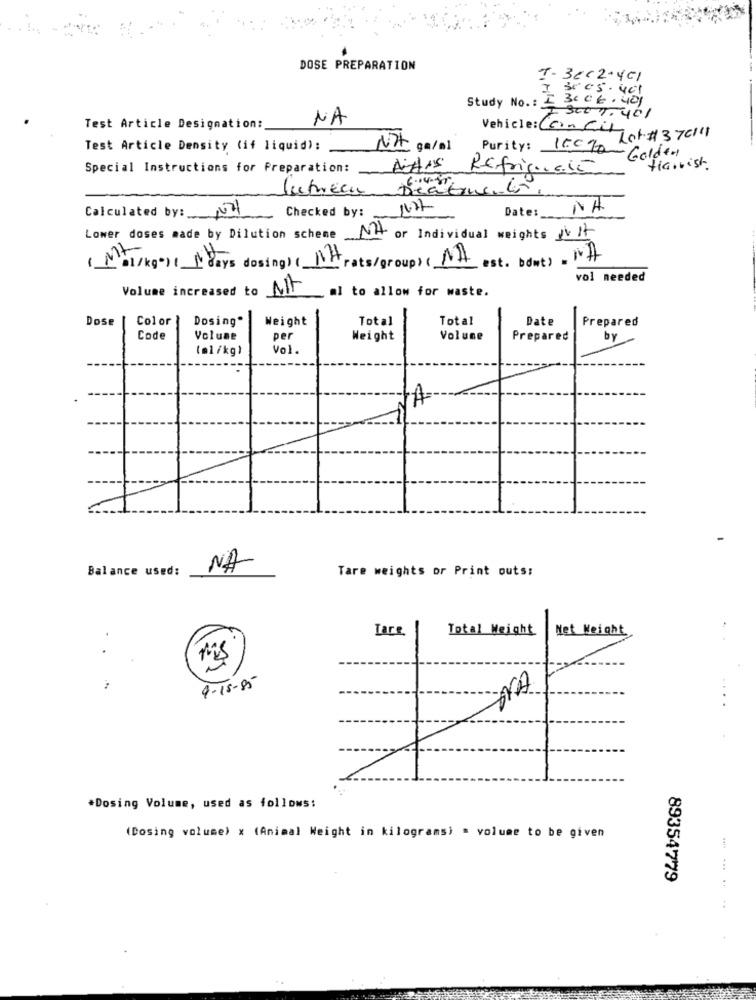
DOSE PREPARATION
T-BCC2-401
05 . 401
Study No .: +3.06.401
NA
7 300 1.401
Test Article Designation:
Vehicle: Concito
Purity: 150g Lot#370111
Test Article Density (if liquid):
N74 cm/al
- Golden
Special Instructions for Preparation:
DANS
Refrigusto
Harrish
lutrecu
Checked by:
1027
Date :_
NA
Calculated by: NA
Lower doses made by Dilution scheme NA or Individual weights AV It
est. bont) . it
( Mol/kg*Il_1days dosing) ( NH rats/group) ( N))
vol needed
Volume increased to
al to allow for waste.
Dose
Color
Dosing'
Weight
Total
Total
Date
Prepared
Code
Volume
per
Weight
Volume
Prepared
by
(ml /kg)
Vol.
JA
Balance used:
NA
Tare weights or Print outs:
Tare
Total Weight
Net Weight
.
9-15-85
NA.
*Dosing Volume, used as follows:
(Dosing volume) x (Animal Weight in kilograms) = volume to be given
89354779
..